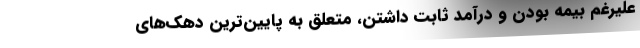
علیرغم بیمه بودن و درآمد ثابت داشتن، متعلق به پایین‌ترین دهک‌های